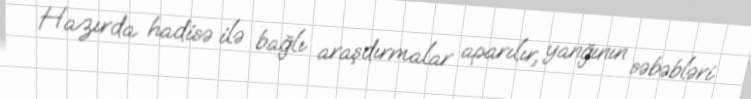
Hazırda hadisə ilə bağlı araşdırmalar aparılır, yanğının səbəbləri